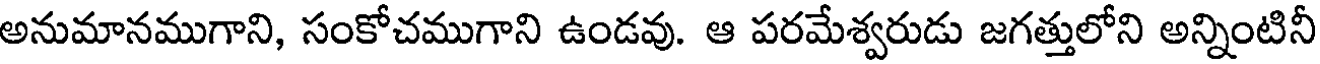
అనుమానముగాని, సంకోచముగాని ఉండవు. ఆ పరమేశ్వరుడు జగత్తులోని అన్నింటినీ